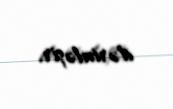
dərinləşir.